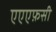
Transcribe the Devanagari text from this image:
एएएफ़सी